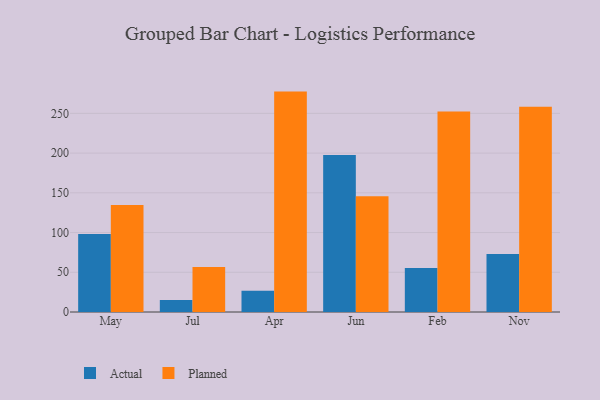
{"axis": {"x": "Month", "y": "Website Visitors"}, "legend": ["Actual", "Planned"], "data": [{"x": "May", "y": 98.3, "type": "Actual"}, {"x": "May", "y": 134.7, "type": "Planned"}, {"x": "Jul", "y": 15.2, "type": "Actual"}, {"x": "Jul", "y": 56.6, "type": "Planned"}, {"x": "Apr", "y": 26.7, "type": "Actual"}, {"x": "Apr", "y": 277.4, "type": "Planned"}, {"x": "Jun", "y": 197.7, "type": "Actual"}, {"x": "Jun", "y": 145.7, "type": "Planned"}, {"x": "Feb", "y": 55.4, "type": "Actual"}, {"x": "Feb", "y": 252.2, "type": "Planned"}, {"x": "Nov", "y": 72.9, "type": "Actual"}, {"x": "Nov", "y": 258.4, "type": "Planned"}]}